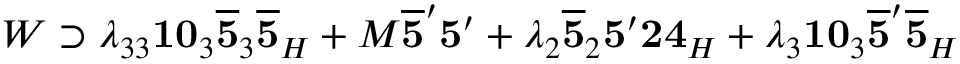
W \supset \lambda _ { 3 3 } { \bf 1 0 } _ { 3 } \overline { { { { \bf 5 } } } } _ { 3 } \overline { { { { \bf 5 } } } } _ { H } + M \overline { { { { \bf 5 } } } } ^ { \prime } { \bf 5 } ^ { \prime } + \lambda _ { 2 } \overline { { { { \bf 5 } } } } _ { 2 } { \bf 5 } ^ { \prime } { \bf 2 4 } _ { H } + \lambda _ { 3 } { \bf 1 0 } _ { 3 } \overline { { { { \bf 5 } } } } ^ { \prime } \overline { { { { \bf 5 } } } } _ { H }